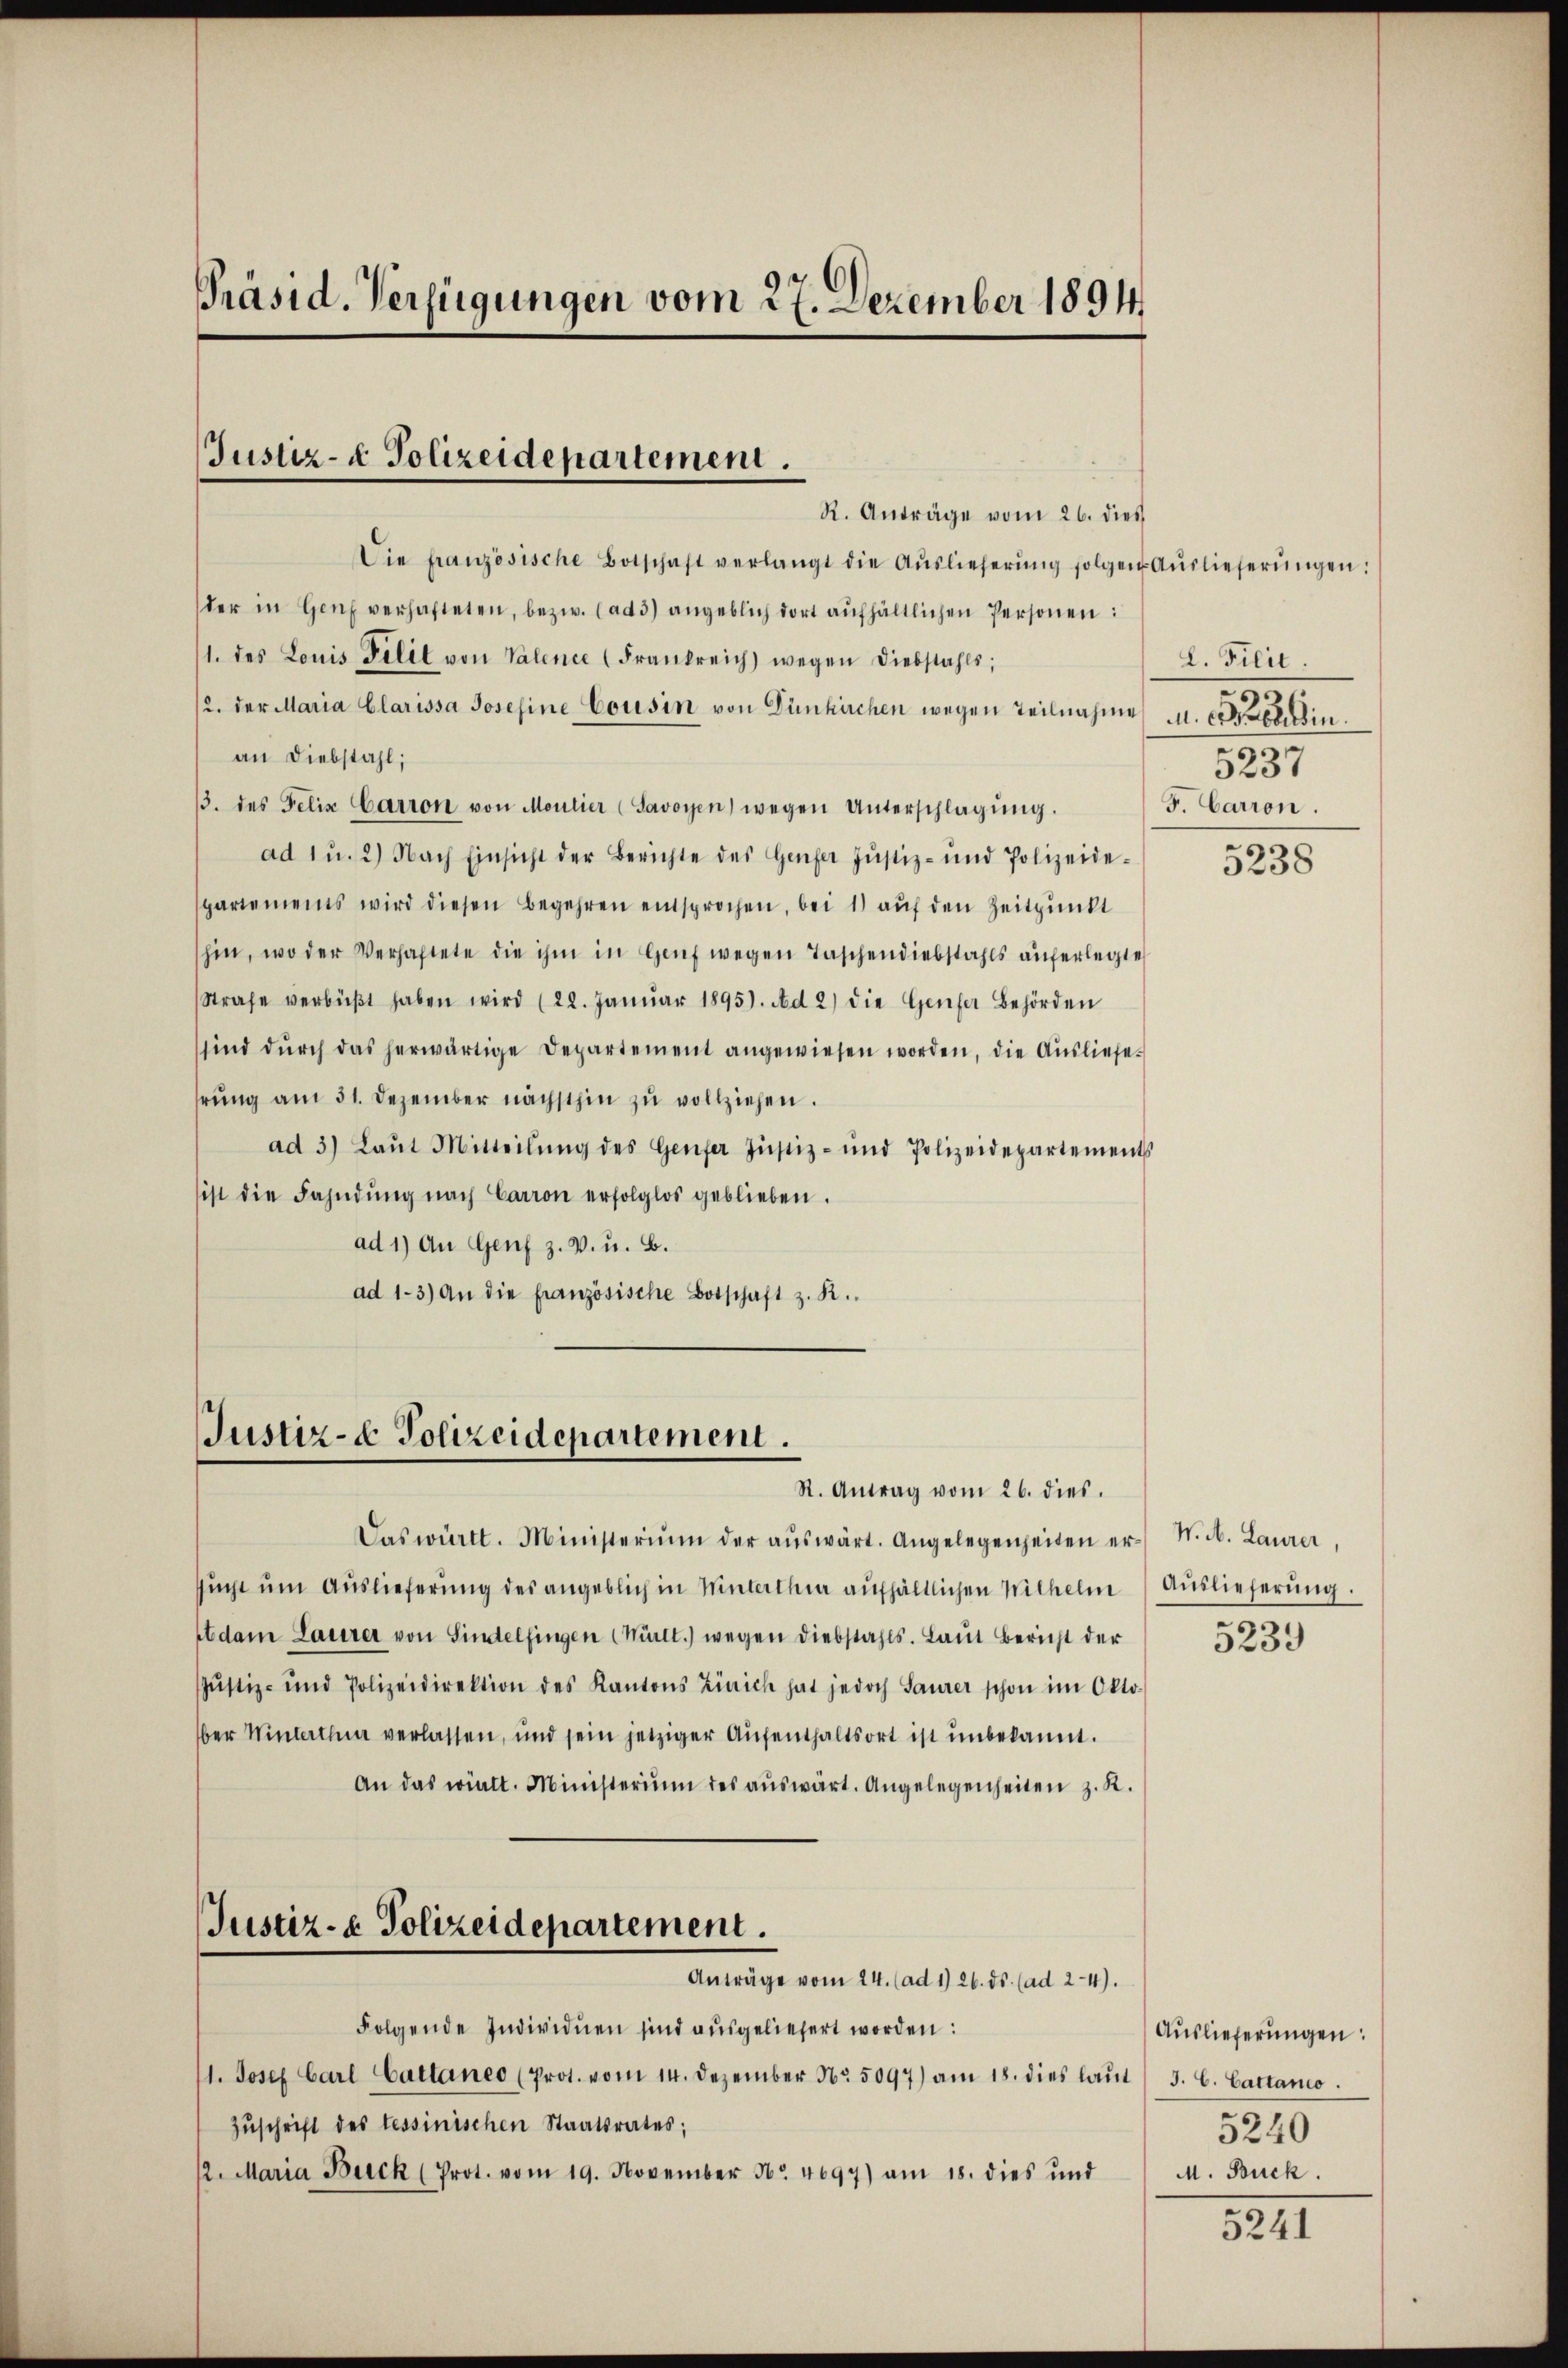
Präsid. Verfügungen vom 27. Dezember 1894

Justiz- & Polizeidepartement.
R. Anträge vom 26. dies

Die französische Botschaft verlangt die Aŭslieferŭng folgen Aŭslieferŭngen:
der in Genf verhafteten, bezw. (ad 3) angeblich dort aŭfhältlichen Personen:
1. des Louis Felit von Valence (Frankreich wegen Diebstahls;
2. der Maria Clarissa Josefine Cousin von Dünkirchen wegen Teilnahme u. erhin
an Diebstahl;
/3. des Felix Carron von Moutier (Savoyen wegen Unterschlagŭng. F. Carron
ad 1 u. 2) Nach Einsicht der Berichte des Genfer Justiz- und Polizeide-
spartemens wird diesen Begehren entsprochen, bei 1) aŭf den Zeitpunkt
hin, wo der Verhaftete die ihm in Genf wegen Taschendiebstahls auferlegte
Strafe verbüβt haben wird (22. Janŭar 1895). Ad 2) die Genfer Behörden
sind dŭrch das herwärtige Departement angewiesen worden, die Ausliefe-
hrung am 31. Dezember nächsthin zu vollziehen.
ad 3) Laŭt Mitteilŭng des Genfer Justiz- und Polizeidepartements
ist die Fahndŭng nach Carron erfolglos geblieben.
ad 1) An Genf z. V. u. B.
ad 1.3) An die französische Botschaft z. R.

Justiz- & Polizeidepartement.
R. Antrag vom 26. dies.

Das württ. Ministerium der aŭswärt. Angelegenheiten er N. N. Laurer,
sucht um Auslieferung des angeblich in Winterthur aufhältlichen Wilhelm
etdam Laurer von Sindelfingen (Mürlt.) wegen Diebstahls. Laut Bericht der
Justiz- und Polizeidirektion des Kantons Zürich hat jedoch Saurer schon im Oktober Winterthur verlassen, und sein jetziger Aufenthaltsort ist unbekannt.
An das vielt. Ministerium des aŭswärt. Angelegenheiten z. R.
Justiz- & Polizeidepartement.
Anträge vom 24. (ad 1. 26. ds. (ad 2-4).
Folgende Individuen sind ausgeliefert worden:
11. Josef Carl Cattaneo (Prot. vom 14. Dezember Nr. 5097) am 18. dies laŭt / 3. C. Cattano
Zŭschrift des tessinischen Staatsrates;
12. Maria Burck (Prot. vom 19. November No. 4697) am 18. dies und

L. Filil.
5237

5238

Auslieferung.

5239

Auslieferungen:
5240
M. Buck.

5241